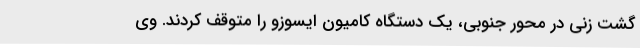
گشت زنی در محور جنوبی، یک دستگاه کامیون ایسوزو را متوقف کردند. وی